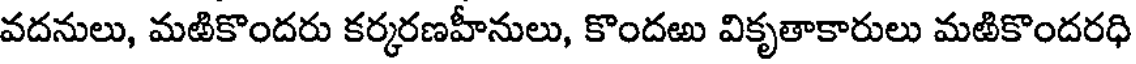
వదనులు, మఱికొందరు కర్కరణహీనులు, కొందఱు వికృతాకారులు మఱికొందరధి